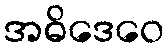
အဓိဒေဝေ